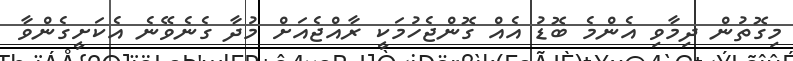
މިގޮތުން ދިމާވި އެންމެ ބޮޑު އެއް ގޮންޖެހުމަކީ ރާއްޖެއަށް މުދާ ގެނެވޭނެ އެކަށީގެންވާ